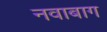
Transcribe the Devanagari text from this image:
नवाबाग